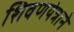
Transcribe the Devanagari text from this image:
शिवणयंत्राने